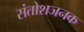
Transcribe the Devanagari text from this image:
संतोशजनक